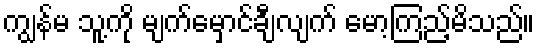
ကျွန်မ သူ့ကို မျက်မှောင်ချီလျက် မော့ကြည့်မိသည်။